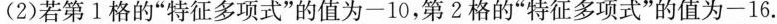
(2)若第1格的”特征多项式”的值为-10，第2格的”特征多项式”的值为-16.。